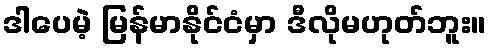
ဒါပေမဲ့ မြန်မာနိုင်ငံမှာ ဒီလိုမဟုတ်ဘူး။